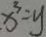
x ^ { 3 } = y